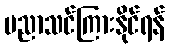
ပညာသင်ကြားနိုင်ရန်